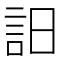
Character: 𧥵